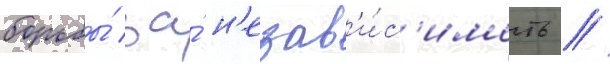
борьбы́ за́ н'езав'и́с'имость //